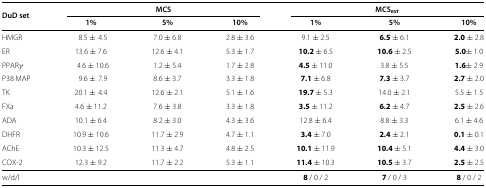
| DuD set | <COLSPAN=3> MCS | <COLSPAN=3> MCSext |
 |  | 1% | 5% | 10% | 1% | 5% | 10% |
 | --- | --- | --- | --- | --- | --- | --- |
 | HMGR | 8.5 ± 4.5 | 7.0 ± 6.8 | 2.8 ± 3.6 | 9.1 ± 2.5 | 6.5 ± 6.1 | 2.0 ± 2.8 |
 | ER | 13.6 ± 7.6 | 12.6 ± 4.1 | 5.3 ± 1.7 | 10.2 ± 6.5 | 10.6 ± 2.5 | 5.0 ± 1.0 |
 | PPAR γ | 4.6 ± 10.6 | 1.2 ± 5.4 | 1.7 ± 2.8 | 4.5 ± 11.0 | 3.8 ± 5.5 | 1.6 ± 2.9 |
 | P38 MAP | 9.6 ± 7.9 | 8.6 ± 3.7 | 3.3 ± 1.8 | 7.1 ± 6.8 | 7.3 ± 3.7 | 2.7 ± 2.0 |
 | TK | 20.1 ± 4.4 | 12.6 ± 2.1 | 5.1 ± 1.6 | 19.7 ± 5.3 | 14.0 ± 2.1 | 5.5 ± 1.5 |
 | FXa | 4.6 ± 11.2 | 7.6 ± 3.8 | 3.3 ± 1.8 | 3.5 ± 11.2 | 6.2 ± 4.7 | 2.5 ± 2.6 |
 | ADA | 10.1 ± 6.4 | 8.2 ± 3.0 | 4.3 ± 3.6 | 12.8 ± 6.4 | 8.8 ± 3.3 | 6.1 ± 4.6 |
 | DHFR | 10.9 ± 10.6 | 11.7 ± 2.9 | 4.7 ± 1.1 | 3.4 ± 7.0 | 2.4 ± 2.1 | 0.1 ± 0.1 |
 | AChE | 10.3 ± 12.5 | 11.3 ± 4.7 | 4.8 ± 2.5 | 10.1 ± 11.9 | 10.4 ± 5.1 | 4.4 ± 3.0 |
 | COX-2 | 12.3 ± 9.2 | 11.7 ± 2.2 | 5.3 ± 1.1 | 11.4 ± 10.3 | 10.5 ± 3.7 | 2.5 ± 2.5 |
 | w/d/l | <COLSPAN=3>  | 8 / 0 / 2 | 7 / 0 / 3 | 8 / 0 / 2 |